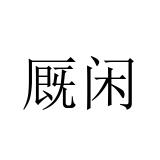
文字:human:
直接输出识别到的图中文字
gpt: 厩闲